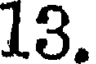
13.